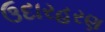
ઉદારહરણ